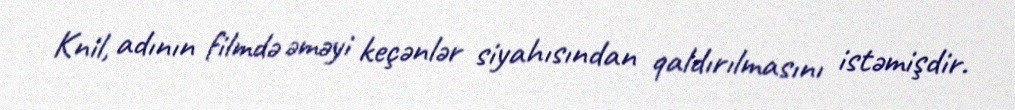
Knil, adının filmdə əməyi keçənlər siyahısından qaldırılmasını istəmişdir.